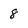
Character: 8